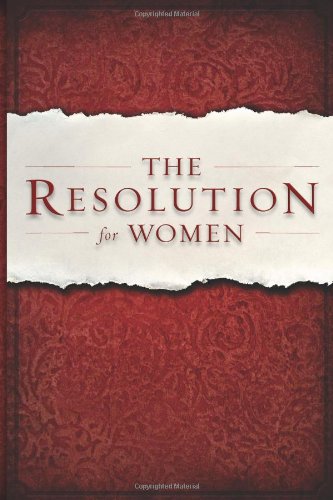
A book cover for The Resolution for Women; Priscilla Shirer; Christian Books & Bibles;